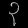
Digit: ၃